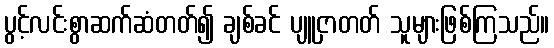
ပွင့်လင်းစွာဆက်ဆံတတ်၍ ချစ်ခင် ပျူငှာတတ် သူများဖြစ်ကြသည်။